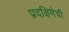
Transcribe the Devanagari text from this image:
प्रदक्षिणेची